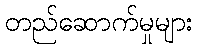
တည်ဆောက်မှုများ